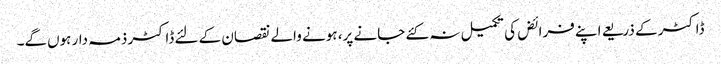
ڈاکٹر کے ذریعے اپنے فرائض کی تکمیل نہ کئے جانے پر، ہونے والے نقصان کے لئے ڈاکٹر ذمہ دار ہوں‌گے۔